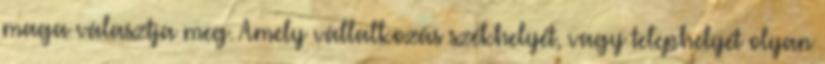
maga választja meg. Amely vállalkozás székhelyét, vagy telephelyét olyan